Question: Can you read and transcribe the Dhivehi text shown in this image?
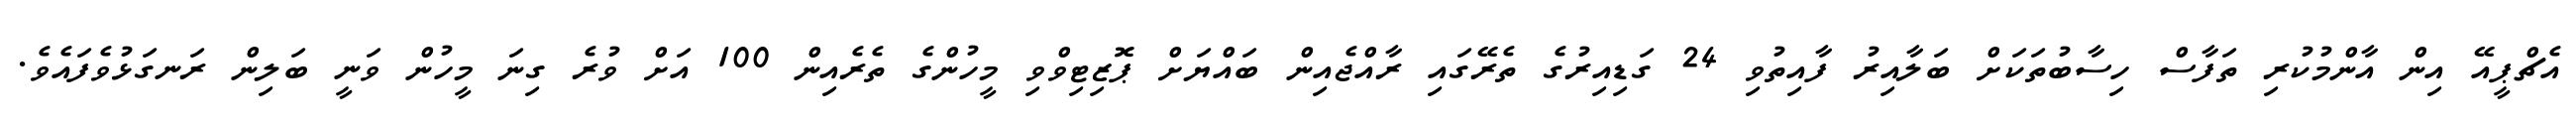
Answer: އެޗްޕީއޭ އިން އާންމުކުރި ތަފާސް ހިސާބުތަކަށް ބަލާއިރު ފާއިތުވި 24 ގަޑިއިރުގެ ތެރޭގައި ރާއްޖެއިން ބައްޔަށް ޕޮޒިޓިވްވި މީހުންގެ ތެރެއިން 100 އަށް ވުރެ ގިނަ މީހުން ވަނީ ބަލިން ރަނގަޅުވެފައެވެ.